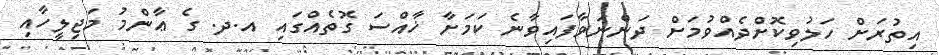
އިތުރަށް ހަލުވިކޮށްދެއްވުމަށް ދަންނަވާފައިވާނެ ކަމަށާ ޚާއްސަ ގޮތެއްގައި އ.ދ. ގެ ޢާންމު މަޖިލީހާއި